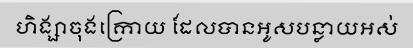
ហិង្សាចុងក្រោយ ដែលបានអូសបន្លាយអស់